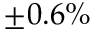
\pm 0 . 6 \%